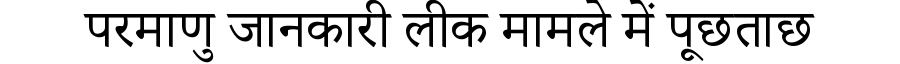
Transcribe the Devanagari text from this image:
परमाणु जानकारी लीक मामले में पूछताछ